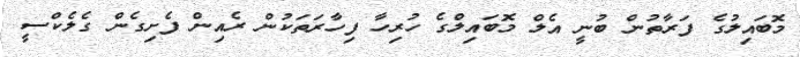
މޮބައިލުގެ ފަރާތުން ބުނީ އެލް މޮބައިލްގެ ހުރިހާ ފިހާރަތަކުން ރެއިން ފެށިގެން ގެލެކްސީ